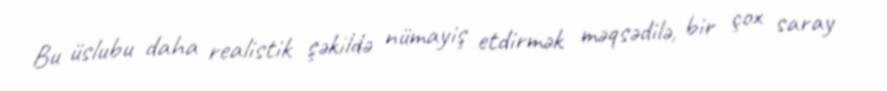
Bu üslubu daha realistik şəkildə nümayiş etdirmək məqsədilə, bir çox saray